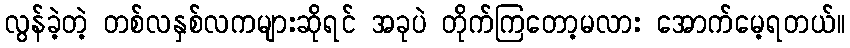
လွန်ခဲ့တဲ့ တစ်လနှစ်လကများဆိုရင် အခုပဲ တိုက်ကြတော့မလား အောက်မေ့ရတယ်။